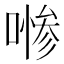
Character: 𱔑